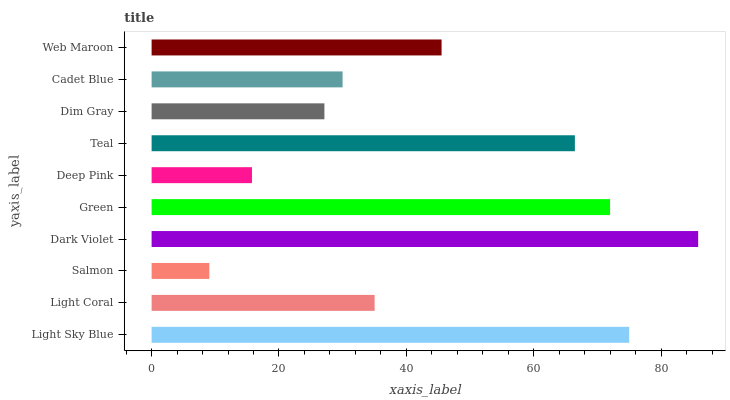
| yaxis_label | bars |
 | --- | --- |
 | Light Sky Blue | 75 |
 | Light Coral | 35 |
 | Salmon | 9.06 |
 | Dark Violet | 85.8 |
 | Green | 72 |
 | Deep Pink | 15.8 |
 | Teal | 66.5 |
 | Dim Gray | 27.1 |
 | Cadet Blue | 30 |
 | Web Maroon | 45.5 |